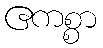
ဧကစ္စာ